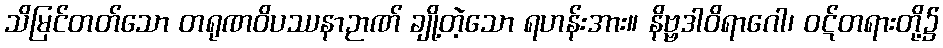
သိမြင်တတ်သော တရုဏဝိပဿနာဉာဏ် ချို့တဲ့သော ရဟန်းအား။ နိဗ္ဗဒါဝိရာဂေါ၊ ဝဋ်တရားတို့၌